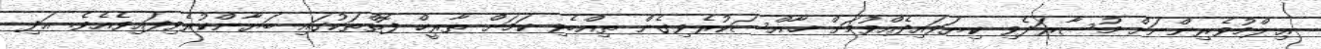
ޢިލްމުވެރިންނަށް މުސާރަދެވި ކިޔަވައިދެއްވުމަށް ޚާއްސަކުރެވިގެން ތިއްބެވި ކަމަށް ތާރީޚް ފޮތްތަކުގައި ބަޔާންކުރެވިފައިވެއެވެ. އަދި